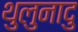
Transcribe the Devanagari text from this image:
थुलुनादु